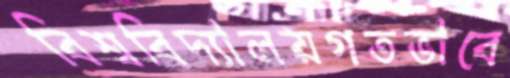
বিশ্ববিদ্যালয়গতভাবে